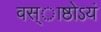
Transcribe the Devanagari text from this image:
वस्ाष्ठोऽयं